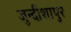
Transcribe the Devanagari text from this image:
जुन्दीशापुर